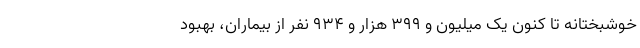
خوشبختانه تا کنون یک میلیون و ۳۹۹ هزار و ۹۳۴ نفر از بیماران، بهبود